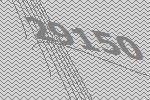
29150